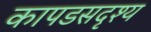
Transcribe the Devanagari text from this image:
कापडसदृश्य